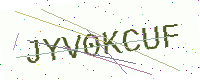
Text: JYV0KCUF